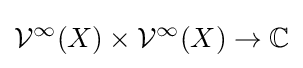
{\mathcal {V}}^{\infty }(X)\times {\mathcal {V}}^{\infty }(X)\to \mathbb {C}